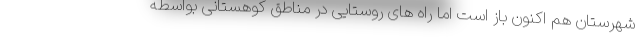
شهرستان هم اکنون باز است اما راه های روستایی در مناطق کوهستانی بواسطه